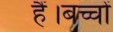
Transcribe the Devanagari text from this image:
हैं।बच्चों